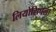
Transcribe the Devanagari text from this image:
लियोसिचला